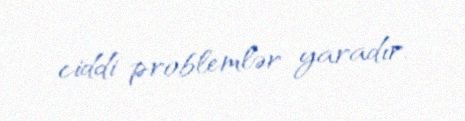
ciddi problemlər yaradır.